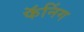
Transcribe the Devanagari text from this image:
फॅनिंग